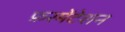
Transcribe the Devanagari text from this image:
फ़रमेंटेशन